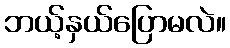
ဘယ့်နှယ်ပြောမလဲ။